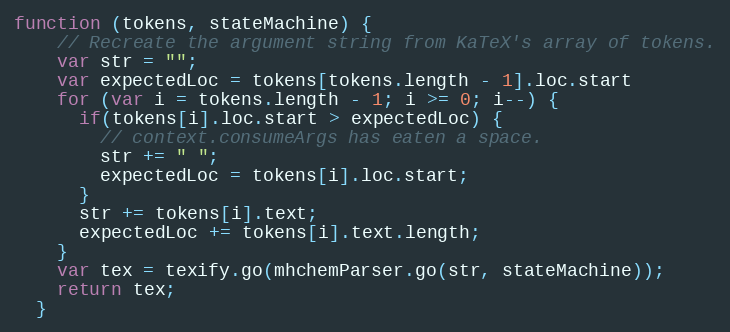
Language: JavaScript
function (tokens, stateMachine) {
    // Recreate the argument string from KaTeX's array of tokens.
    var str = "";
    var expectedLoc = tokens[tokens.length - 1].loc.start
    for (var i = tokens.length - 1; i >= 0; i--) {
      if(tokens[i].loc.start > expectedLoc) {
        // context.consumeArgs has eaten a space.
        str += " ";
        expectedLoc = tokens[i].loc.start;
      }
      str += tokens[i].text;
      expectedLoc += tokens[i].text.length;
    }
    var tex = texify.go(mhchemParser.go(str, stateMachine));
    return tex;
  }